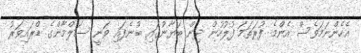
އެހެންނަމަވެސް އެންމެ ފުރަތަމަ ފުލުހުން ދިން ބަޔާނުގައި ބުނެފައި ވަނީ ސަލްމާންގެ ޑްރައިވަރު